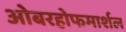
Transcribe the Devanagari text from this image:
ओबरहोफमार्शल